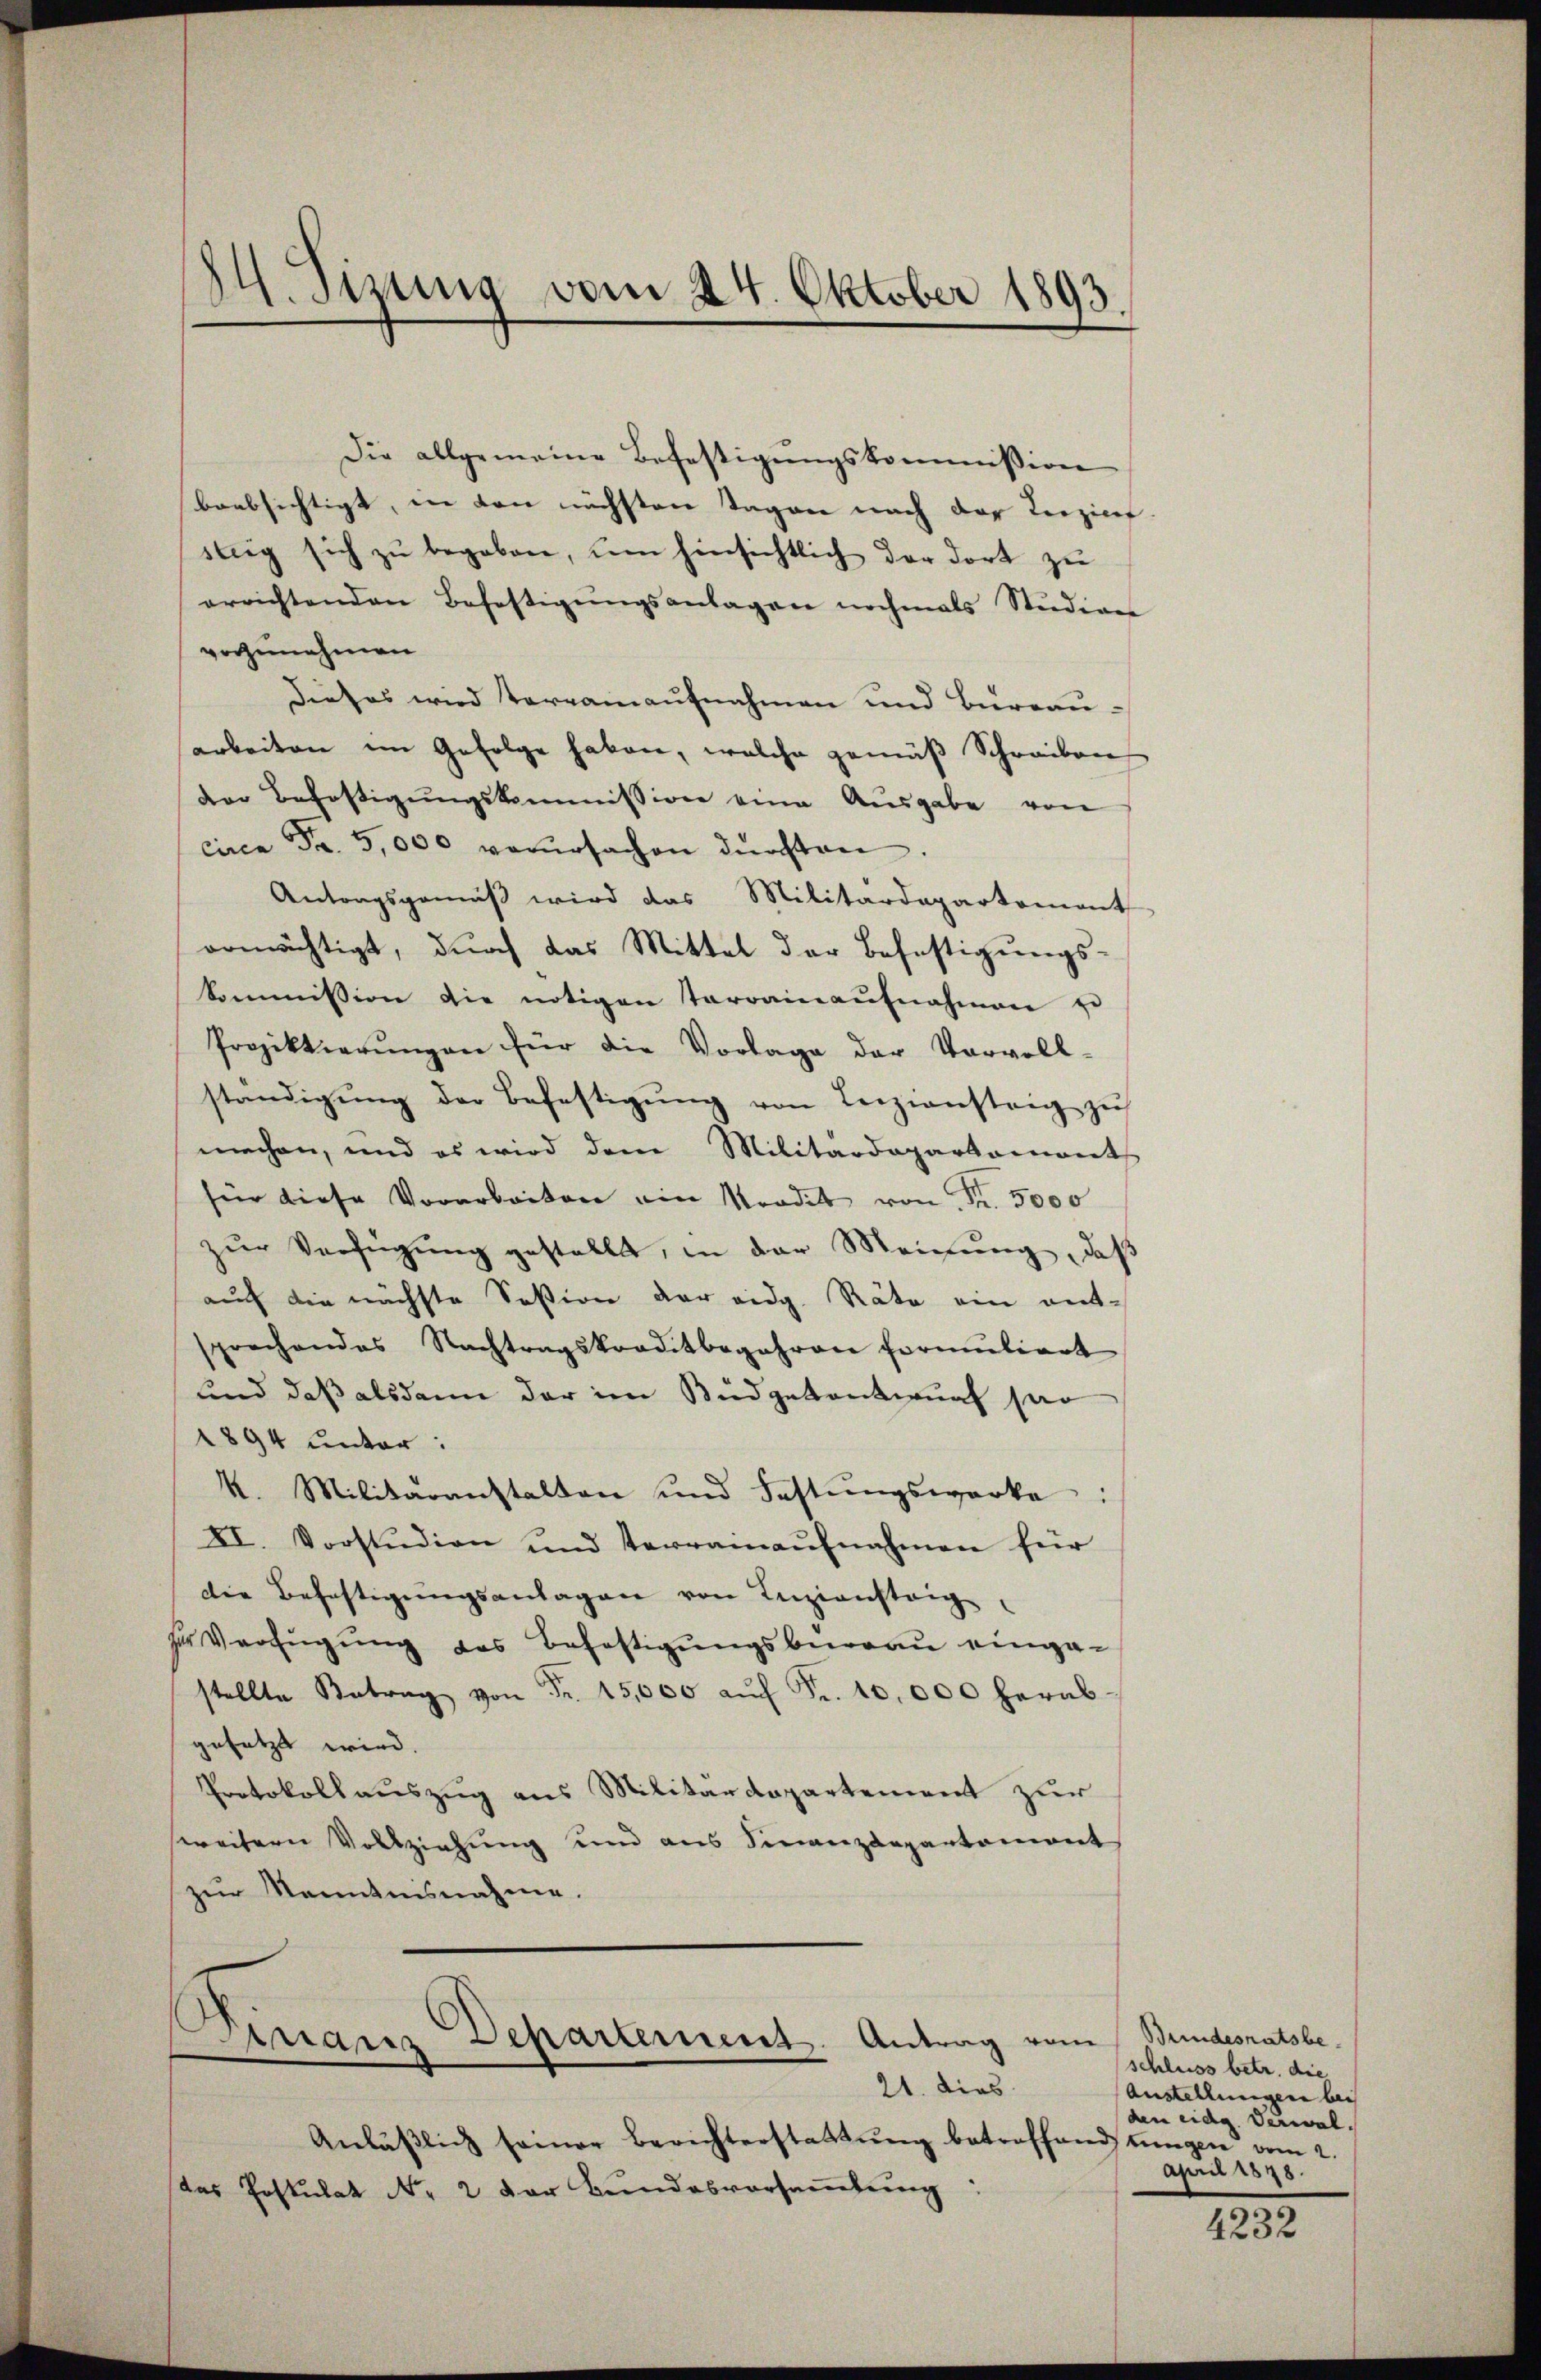
Die allgemeine Befestigŭngskommission
beabsichtigt, in den nächsten Tagen nach der Teezicef
steig sich zŭ begaben, um hinsichtlich der dort zu
errichtenden Befestigŭngsanlagen nochmals Studiens
vorzunehmen
Dieses wird terrainaufnahmen und Büreau-
arbeiten im Gefolge haben, welche gemäβ Schreiben
der Befestigungskommission eine Ausgabe von
circa Fr. 5,000 verŭrsachen dürften.
Antragsgemäß wird das Militärdepartement
ormächtigt, dŭrch das Mittel der Befestigŭngs-
kommission die nötigen Terrainaŭfnahmen ei
Projektierŭngen für die Vorlage der Vorvoll-
ständigŭng der Befestigŭng von Leiziensteig zŭ
machen, und es wird dem Militärdepartaments
für diese Vorarbeiten ein Stradit von Fr. 5000
zŭr Verfügŭng gestellt, in der Meinŭng, daß
auch die nächste Session der eidg. Räte ein entsprechendes Nachtragskreditbegehren formuliert
und daß alsdann der im Büdgetantwurf par
1894 unter:
k. Militäranstalten und Fastŭngswerke:
XI. Vorstŭdion und terrainaŭfnahmen für
die Befestigŭngsanlagen von Inzionsteig,
z Verfügung das Befestigungsbureau eingastellte Betrag von Fr. 15,000 aŭf Fr. 10,000 herab-
gesetzt wird.
Protokollauszug aus Militärdepartement zur
weitern Vollziehung und aus Finanzdepartement
zur Kenntnisnahme.

24. Sizung vom 24. Oktober 1893.

nanz-Departement. Antrag von
21. dies

Anläβlich seiner Berichterstattŭng betroffen
Das Postulat No. 2 der Bundesversaṁlŭng:

Bundesratsbe-
schluss betr. die
Austellungen bei
den eidg. Verwaldstungen vom 2.
April 1848.

.
4232